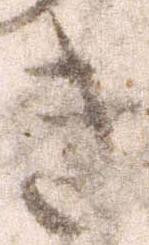
き